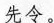
先令。